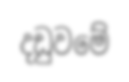
දඩුවමේ